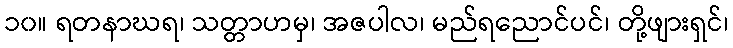
၁၀။ ရတနာဃရ၊ သတ္တာဟမှ၊ အဇပါလ၊ မည်ရညောင်ပင်၊ တို့ဖျားရှင်၊